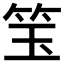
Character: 𬔵